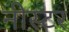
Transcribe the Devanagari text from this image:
नीस्टर